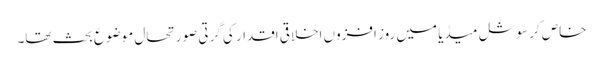
خاص کر سوشل میڈیا میں روز افزوں اخلاقی اقدار کی گرتی صورتحال موضوع بحث تھا۔